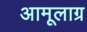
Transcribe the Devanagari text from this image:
अामूलाग्र